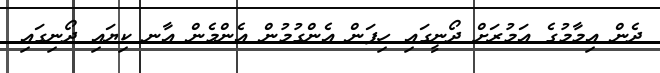
ދެން އިމާމުގެ އަމުރަށް ދޯނީގައި ހިފަން އެންގުމުން އެންމެން އާނ ކިޔައި ދޯނިގައި